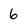
Character: 6